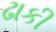
ઢાકી